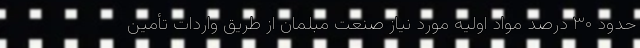
حدود ۳۰ درصد مواد اولیه مورد نیاز صنعت مبلمان از طریق واردات تأمین